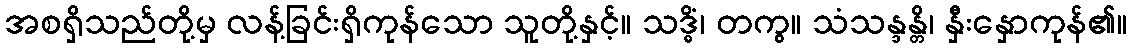
အစရှိသည်တို့မှ လန့်ခြင်းရှိကုန်သော သူတို့နှင့်။ သဒ္ဓိံ၊ တကွ။ သံသန္ဒန္တိ၊ နှီးနှောကုန်၏။